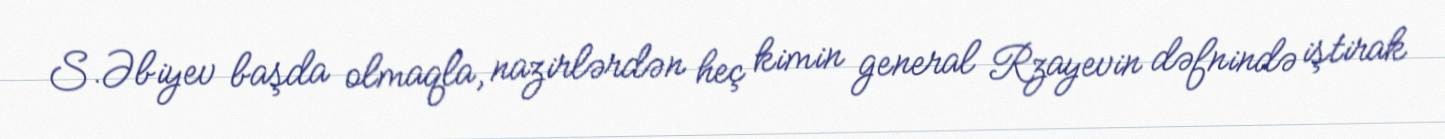
S.Əbiyev başda olmaqla, nazirlərdən heç kimin general Rzayevin dəfnində iştirak